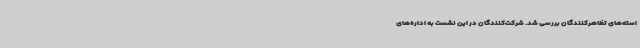
استه‌های تظاهرکنندگان بررسی شد. شرکت‌کنندگان در این نشست به اداره‌های